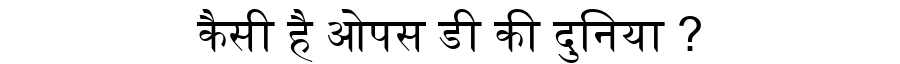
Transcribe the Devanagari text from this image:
कैसी है ओपस डी की दुनिया ?